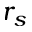
r _ { s }